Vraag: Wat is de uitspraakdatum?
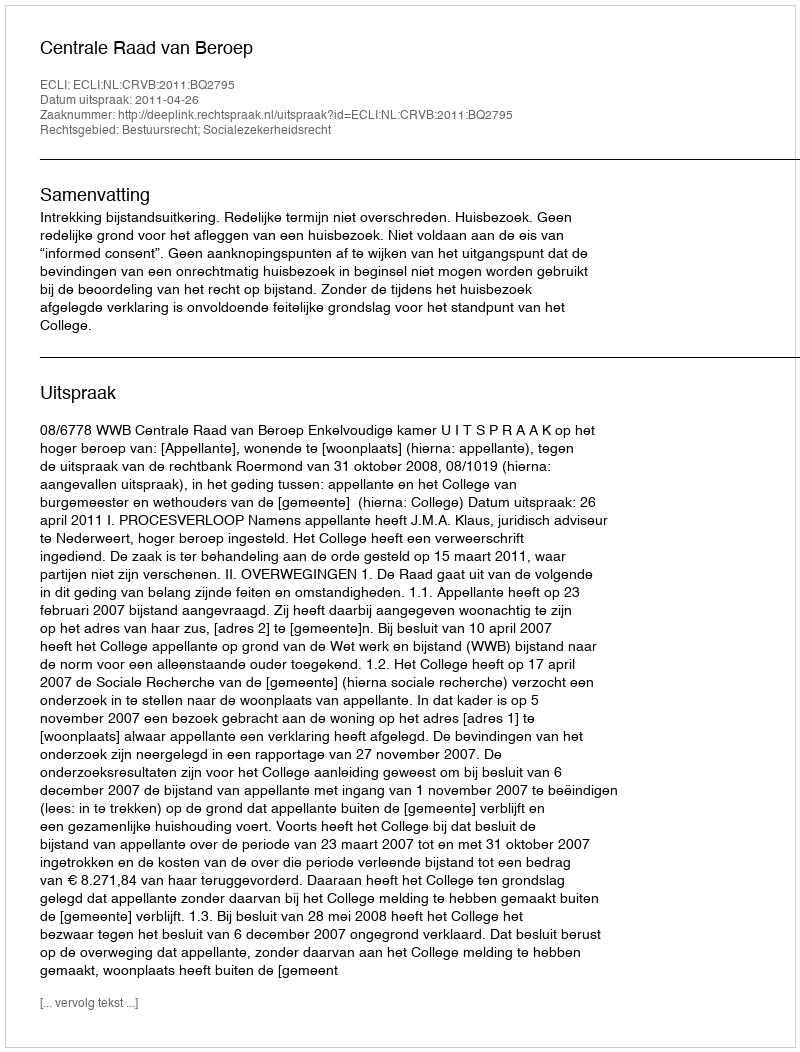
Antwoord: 2011-04-26